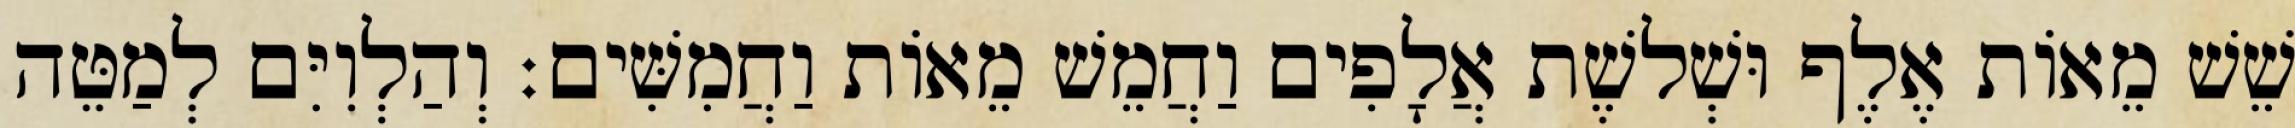
שֵׁשׁ מֵאוֹת אֶלֶף וּשְׁלשֶׁת אֲלָפִים וַחֲמֵשׁ מֵאוֹת וַחֲמִשִּׁים׃ וְהַלְוִיִּם לְמַטֵּה